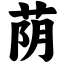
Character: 荫